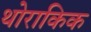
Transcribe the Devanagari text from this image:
थोराकिक